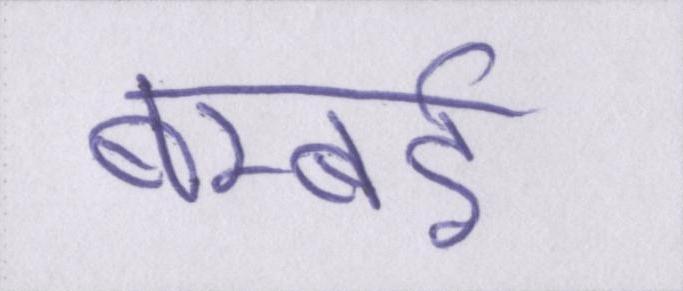
बम्बर्इ